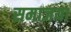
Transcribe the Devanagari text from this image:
समाजया